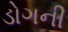
ડોગની